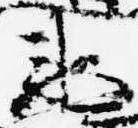
衛